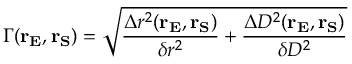
\displaystyle \Gamma ( \mathbf { r _ { E } } , \mathbf { r _ { S } } ) = \sqrt { \frac { \Delta r ^ { 2 } ( \mathbf { r _ { E } } , \mathbf { r _ { S } } ) } { \delta r ^ { 2 } } + \frac { \Delta D ^ { 2 } ( \mathbf { r _ { E } } , \mathbf { r _ { S } } ) } { \delta D ^ { 2 } } }